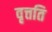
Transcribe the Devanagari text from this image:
वृत्तति